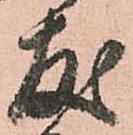
友